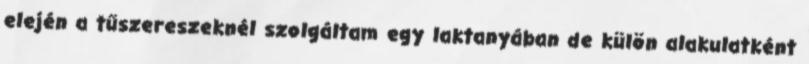
elején a tűszereszeknél szolgáltam egy laktanyában de külön alakulatként